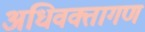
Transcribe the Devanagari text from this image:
अधिवक्तागण